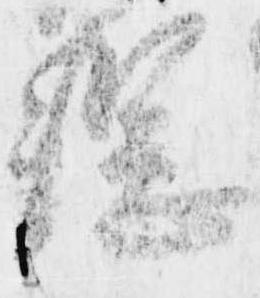
綱